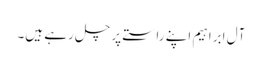
آل ابراہیم اپنے راستے پر چل رہے ہیں۔